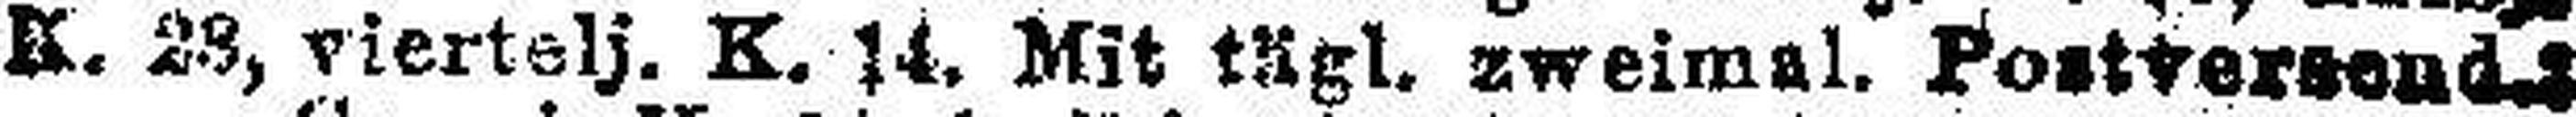
K. 28, viertelj. K. 14. Mit tägl. zweimal. Postversend.: